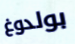
بولدوغ